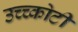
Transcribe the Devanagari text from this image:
उच्च्कोटी